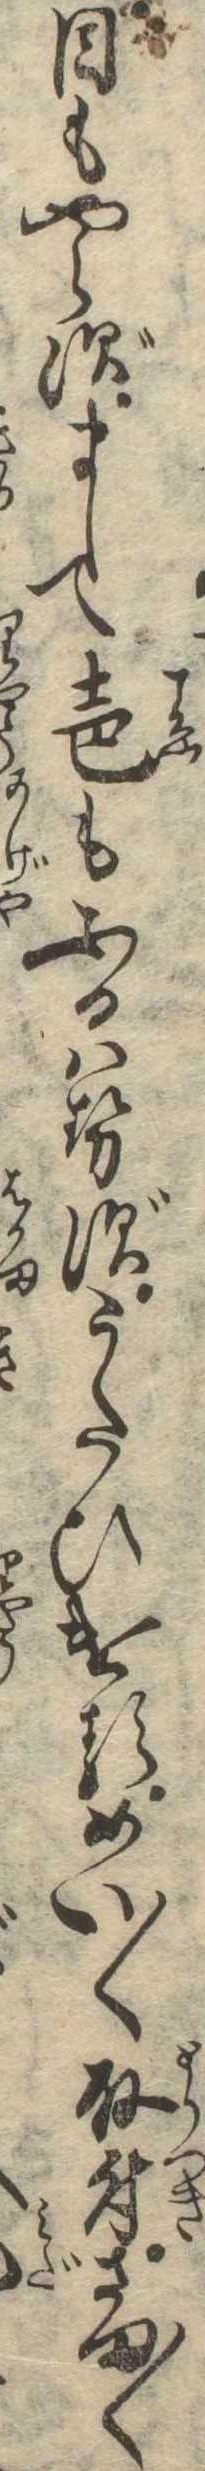
目もやらずまして声もふるはせずうたひけるめい〱取付さま〱